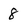
Character: 8